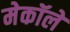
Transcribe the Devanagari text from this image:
मेकॉले